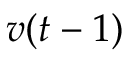
v ( t - 1 )